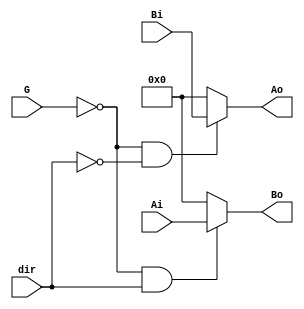

module x74245(
  input [7:0] Ai,
  input [7:0] Bi,
  output [7:0] Ao,
  output [7:0] Bo,
  input dir,
  input G
);

assign Ao = ~G & ~dir ? Bi : 8'd0;
assign Bo = ~G &  dir ? Ai : 8'd0;

endmodule